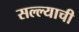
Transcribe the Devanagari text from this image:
सल्ल्याची